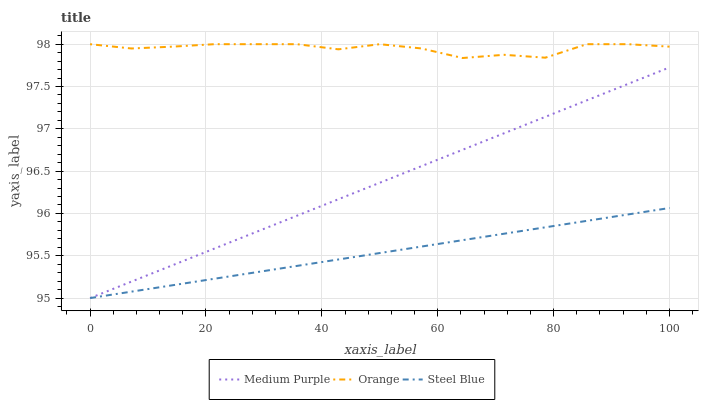
| xaxis_label | Medium Purple | Orange | Steel Blue |
 | --- | --- | --- | --- |
 | 0 | 95 | 98 | 95 |
 | 7.14 | 95.2 | 97.9 | 95.1 |
 | 14.3 | 95.4 | 98 | 95.2 |
 | 21.4 | 95.6 | 98 | 95.2 |
 | 28.6 | 95.8 | 98 | 95.3 |
 | 35.7 | 96 | 98 | 95.4 |
 | 42.9 | 96.2 | 97.9 | 95.5 |
 | 50 | 96.4 | 98 | 95.5 |
 | 57.1 | 96.6 | 97.9 | 95.6 |
 | 64.3 | 96.8 | 97.8 | 95.7 |
 | 71.4 | 96.9 | 97.9 | 95.8 |
 | 78.6 | 97.1 | 97.8 | 95.8 |
 | 85.7 | 97.3 | 98 | 95.9 |
 | 92.9 | 97.5 | 98 | 96 |
 | 100 | 97.7 | 98 | 96.1 |